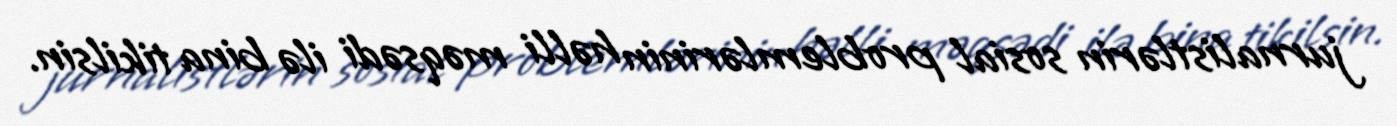
jurnalistlərin sosial problemlərinin həlli məqsədi ilə bina tikilsin.